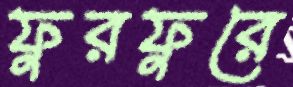
ফুরফুরে